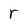
Character: r